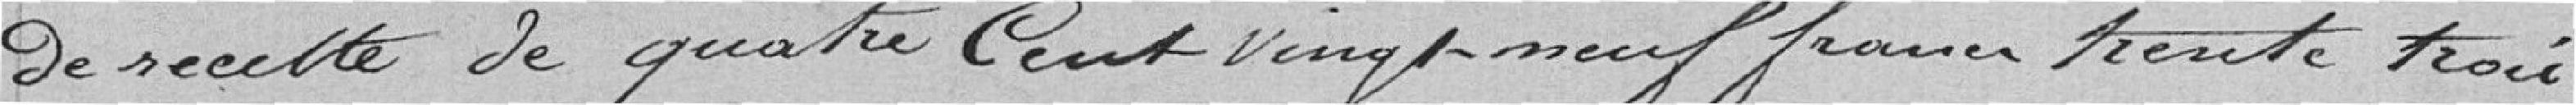
de recettes de quatre-cent-vingt-neuf francs trente trois